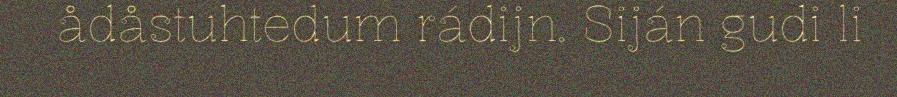
ådåstuhtedum rádijn. Siján gudi li